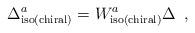
LaTeX: \begin{align*}\Delta _{\rm iso(chiral)}^a=W_{\rm iso(chiral)}^a\Delta \,\,\,,\end{align*}